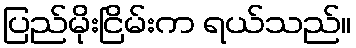
ပြည်မိုးငြိမ်းက ရယ်သည်။